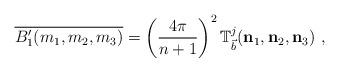
LaTeX: \begin{align*}\overline{B_{1}^{\prime}(m_{1},m_{2},m_{3})}=\left( \frac{4\pi}{n+1}\right)^{2}\mathbb{T}_{\vec{b}}^{j}(\mathbf{n}_{1},\mathbf{n}_{2},\mathbf{n}_{3})\ ,\end{align*}